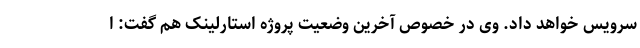
سرویس خواهد داد. وی در خصوص آخرین وضعیت پروژه استارلینک هم گفت: ا